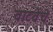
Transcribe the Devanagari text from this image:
वाटवेंचे